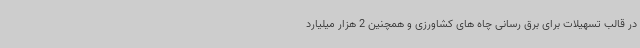
در قالب تسهیلات برای برق رسانی چاه های کشاورزی و همچنین 2 هزار میلیارد